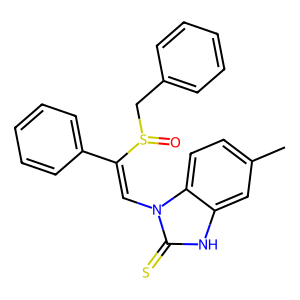
SMILES: Cc1ccc2c(c1)[nH]c(=S)n2C=C(c1ccccc1)S(=O)Cc1ccccc1
Inhibits HIV replication: No